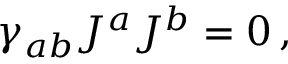
\gamma _ { a b } J ^ { a } J ^ { b } = 0 \, ,